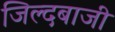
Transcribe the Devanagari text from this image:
जिल्दबाजी